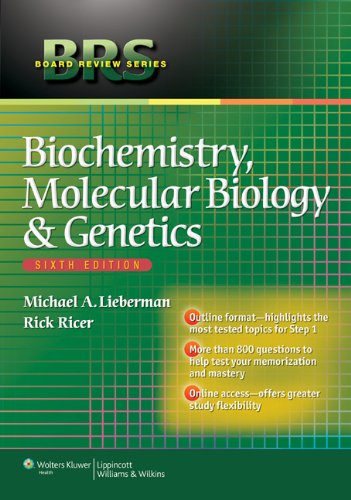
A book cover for BRS Biochemistry, Molecular Biology, and Genetics (Board Review Series); Michael Lieberman PhD; Test Preparation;